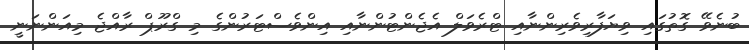
ބުނެވޭ ގޮތުގައި ވިޔަފާރިވެރިންނާއި ޓްރެވަލް އެޖެންޓުންނާއި އިންވެސްޓަރުންގެ މި ގްރޫޕް ރާއްޖެ މިއަންނަނީ